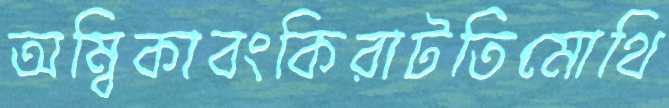
অম্বিকাবংকিরাটতিমোথি